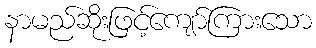
နာမည်ဆိုးဖြင့်ကျော်ကြားသော